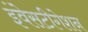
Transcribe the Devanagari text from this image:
इंवेसटीगेशन